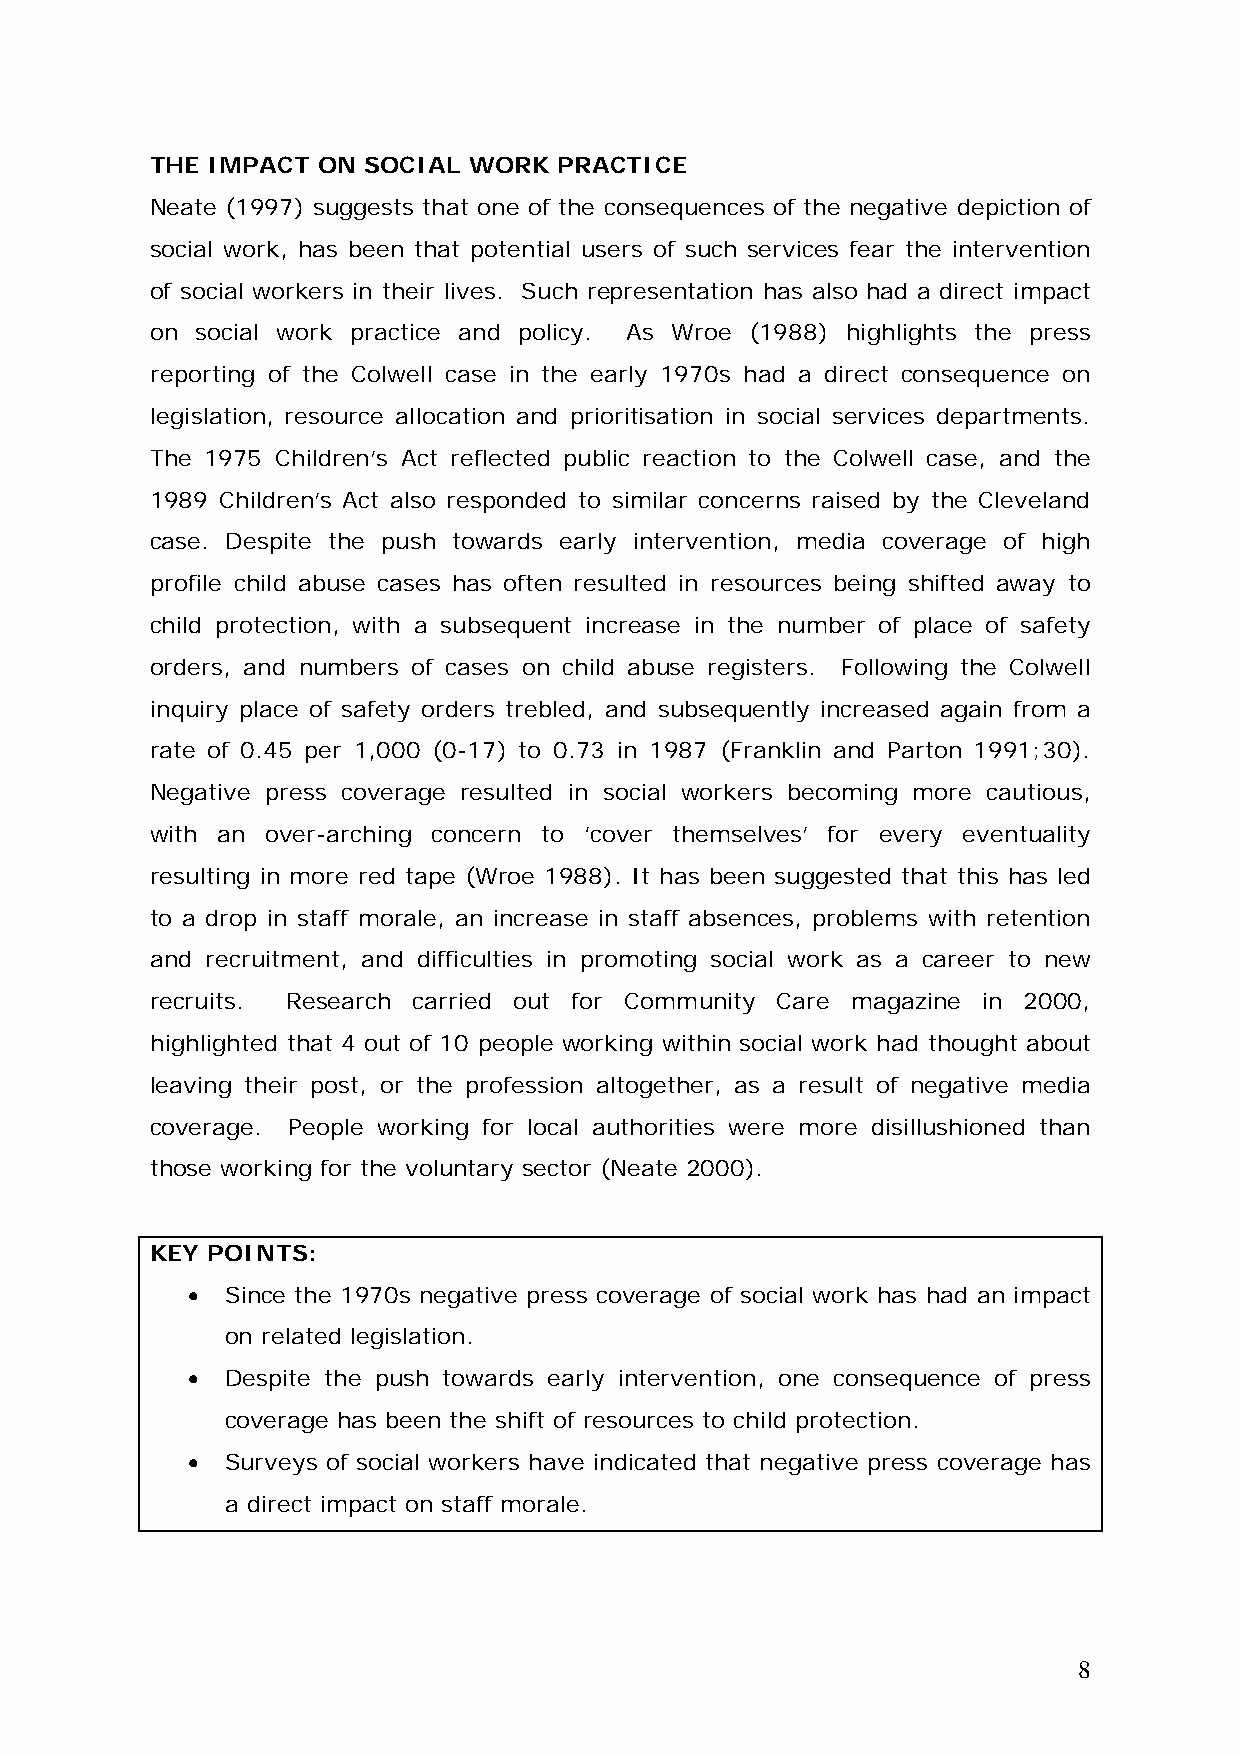
THE IMPACT ON SOCIAL WORK  PRACTICE
 Neate (1997) suggests that one of the consequences of the negative depiction of
 social work, has been that potential users of such services fear the intervention
 of social workers in their lives. Such representation has also had a direct impact
 on social work practice and policy. As Wroe (1988) highlights the press
 reporting of the Colwell case in the early 1970s had a direct consequence on
 legislation, resource allocation and prioritisation in social services departments.
 The 1975 Children’s Act reflected public reaction to the Colwell case, and the
 1989 Children’s Act also responded to similar concerns raised by the Cleveland
 case. Despite the push towards early intervention, media coverage of high
 profile child abuse cases has often resulted in resources being shifted away to
 child protection, with a subsequent increase in the number of place of safety
 orders, and numbers of cases on child abuse registers. Following the Colwell
 inquiry place of safety orders trebled, and subsequently increased again from a
 rate of 0.45 per 1,000 (0-17) to 0.73 in 1987 (Franklin and Parton 1991;30).
 Negative press coverage resulted in social workers becoming more cautious,
 with an over-arching concern to ‘cover themselves’ for every eventuality
 resulting in more red tape (Wroe 1988). It has been suggested that this has led
 to a drop in staff morale, an increase in staff absences, problems with retention
 and recruitment, and difficulties in promoting social work as a career to new
 recruits. Research carried out for Community Care magazine in 2000,
 highlighted that 4 out of 10 people working within social work had thought about
 leaving their post, or the profession altogether, as a result of negative media
 coverage. People working for local authorities were more disillushioned than
 those working for the voluntary sector (Neate 2000).
 KEY POINTS:
 •  Since the 1970s negative press coverage of social work has had an impact
 on related legislation.
 •  Despite the push towards early intervention, one consequence of press
 coverage has been the shift of resources to child protection.
 •  Surveys of social workers have indicated that negative press coverage has
 a direct impact on staff morale.
 8